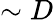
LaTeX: \sim D